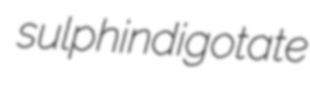
sulphindigotate